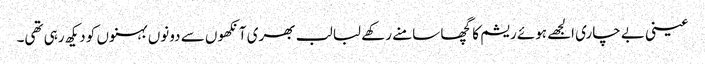
عینی بے چاری الجھے ہوئے ریشم کا گچھا سامنے رکھے لبا لب بھری آنکھوں سے دونوں بہنوں کو دیکھ رہی تھی۔